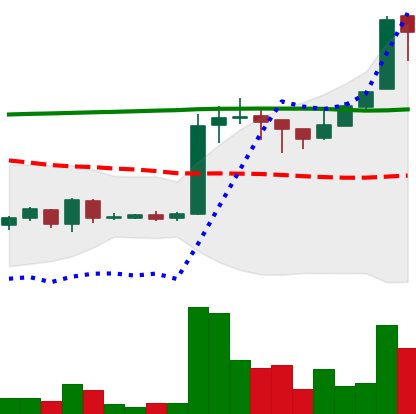
Ticker: EOS-USD
Chart end date: 2018-04-21
Forward return: 39.375%
Label: up_7plus